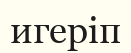
игеріп